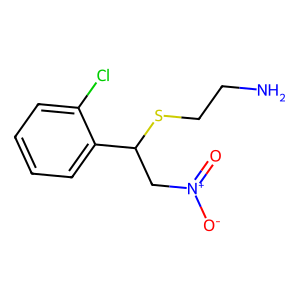
SMILES: NCCSC(C[N+](=O)[O-])c1ccccc1Cl
Inhibits HIV replication: No